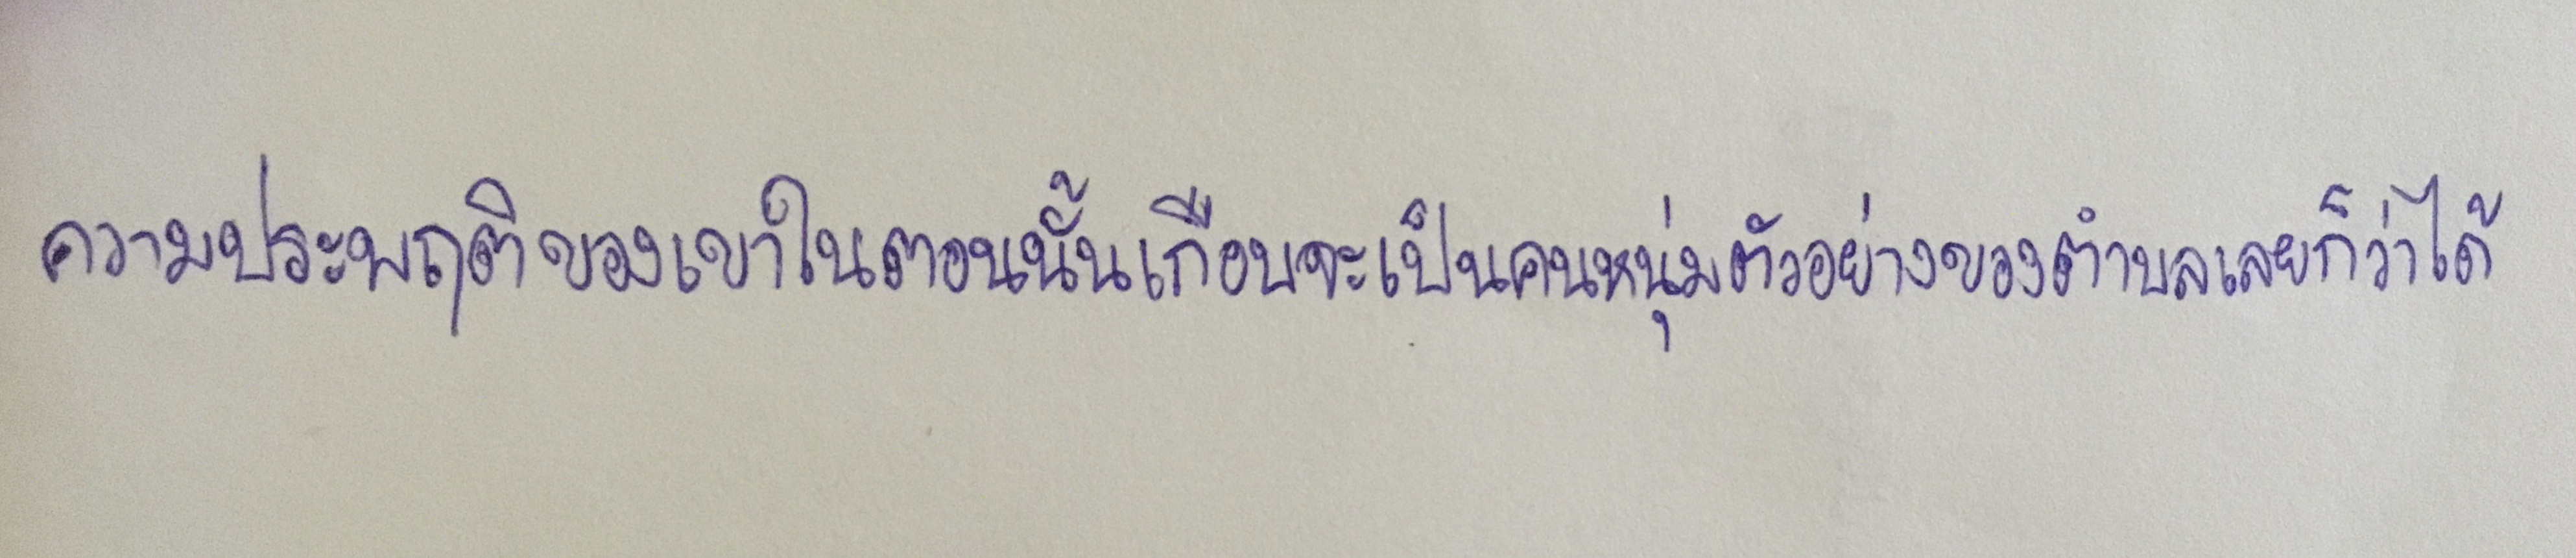
ความประพฤติของเขาในตอนนั้นเกือบจะเป็นคนหนุ่มตัวอย่างของตำบลเลยก็ว่าได้